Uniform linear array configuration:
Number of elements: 16
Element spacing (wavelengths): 0.75
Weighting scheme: hann
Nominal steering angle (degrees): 30
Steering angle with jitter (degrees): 28.229
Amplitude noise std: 0.05
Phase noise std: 0.05

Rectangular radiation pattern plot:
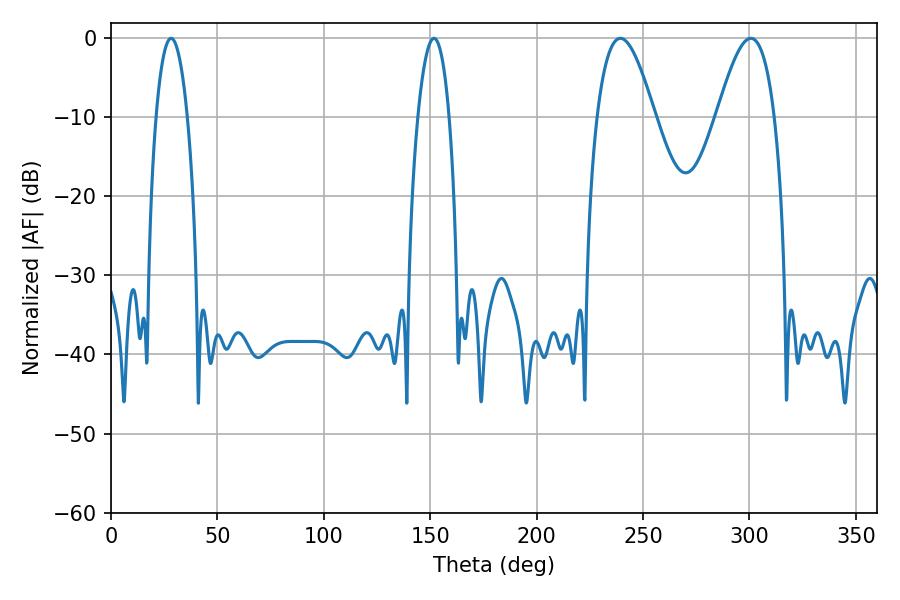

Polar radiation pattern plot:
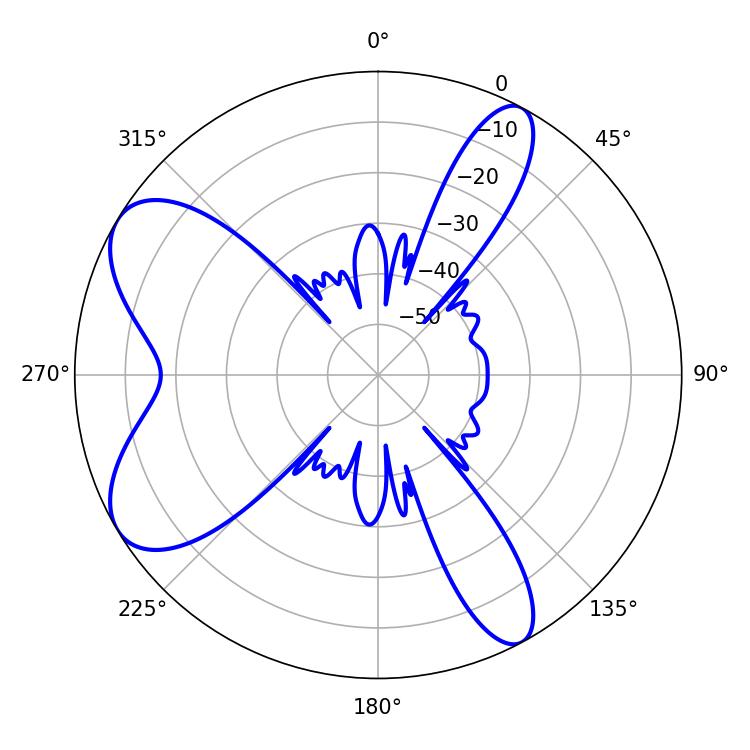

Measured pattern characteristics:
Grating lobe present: TRUE
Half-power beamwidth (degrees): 8.1
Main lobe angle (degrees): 28.26